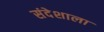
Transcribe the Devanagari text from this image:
संदेशाला